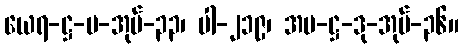
ယေရ-ဋ္ဌ-ပ-အုပ်-၃၃၊ ပါ-၂၁၉၊ အပ-ဋ္ဌ-ဒု-အုပ်-၃၆။